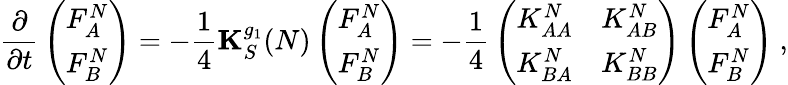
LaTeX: {\frac{\partial}{\partial t}}\left(\begin{array}{c}{{F_{A}^{N}}}\\ {{{F_{B}^{N}}}}\end{array}\right)=-{\frac{1}{4}}{\mathbf K}_{S}^{g_{1}}(N)\left(\begin{array}{c}{{F_{A}^{N}}}\\ {{{F_{B}^{N}}}}\end{array}\right)=-{\frac{1}{4}}\left(\begin{array}{cc}{{K_{AA}^{N}}}&{{K_{AB}^{N}}}\\ {{K_{BA}^{N}}}&{{K_{BB}^{N}}}\end{array}\right)\left(\begin{array}{c}{{F_{A}^{N}}}\\ {{{F_{B}^{N}}}}\end{array}\right)~,